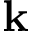
\mathbf { k }